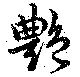
艶